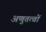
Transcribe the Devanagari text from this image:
अणुतत्वों